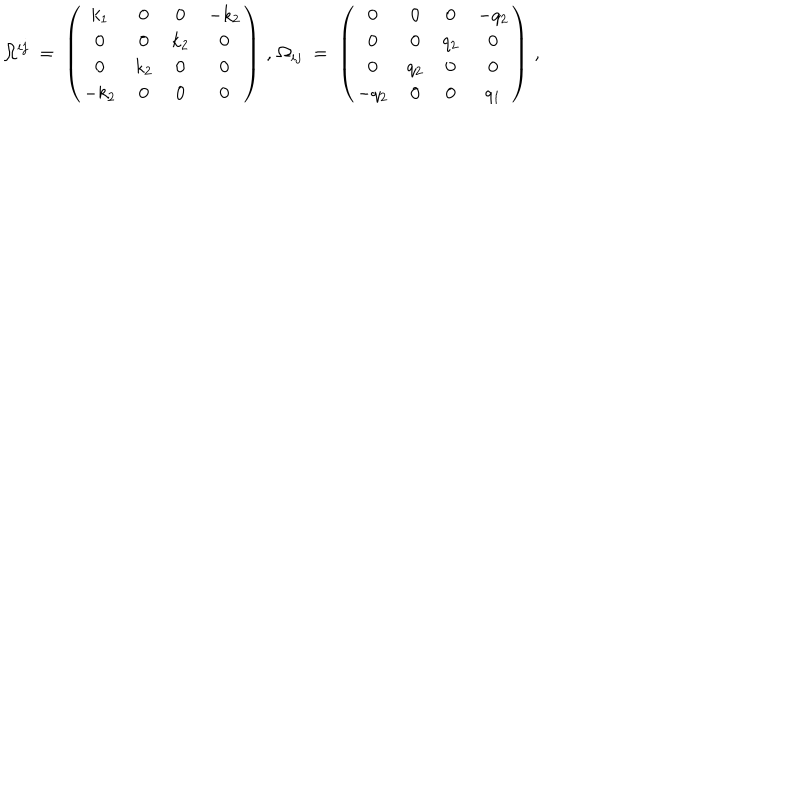
\Omega ^ { i j } \; = \; \left( \begin{array} { c c c c } { { k _ { 1 } } } & { { 0 } } & { { 0 } } & { { - k _ { 2 } } } \\ { { 0 } } & { { 0 } } & { { k _ { 2 } } } & { { 0 } } \\ { { 0 } } & { { k _ { 2 } } } & { { 0 } } & { { 0 } } \\ { { - k _ { 2 } } } & { { 0 } } & { { 0 } } & { { 0 } } \\ \end{array} \right) \, , \, \Omega _ { i j } \; = \; \left( \begin{array} { c c c c } { { 0 } } & { { 0 } } & { { 0 } } & { { - q _ { 2 } } } \\ { { 0 } } & { { 0 } } & { { q _ { 2 } } } & { { 0 } } \\ { { 0 } } & { { q _ { 2 } } } & { { 0 } } & { { 0 } } \\ { { - q _ { 2 } } } & { { 0 } } & { { 0 } } & { { q _ { 1 } } } \\ \end{array} \right) \, ,